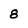
Character: 8